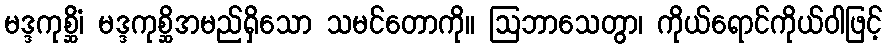
မဒ္ဒကုစ္ဆိံ၊ မဒ္ဒကုစ္ဆိအမည်ရှိသော သမင်တောကို။ ဩဘာသေတွာ၊ ကိုယ်ရောင်ကိုယ်ဝါဖြင့်